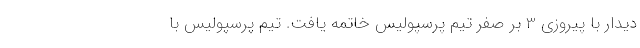
دیدار با پیروزی 3 بر صفر تیم پرسپولیس خاتمه یافت. تیم پرسپولیس با